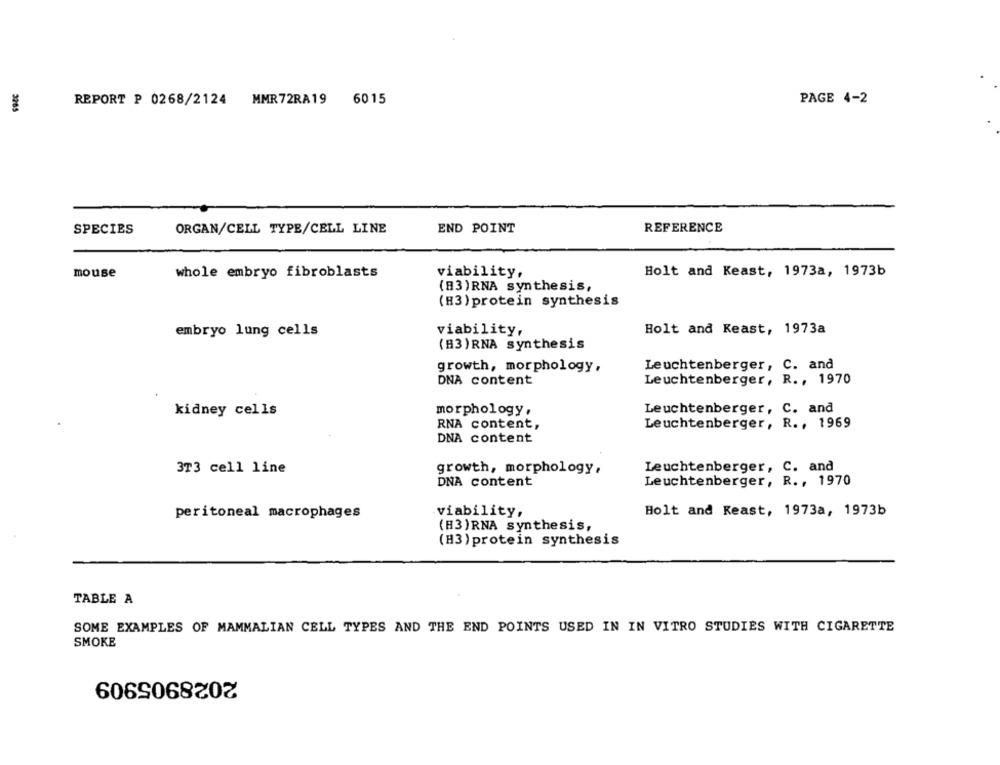
PAGE 4-2
3285
REPORT P 0268/2124 MMR72RA19 6015
SPECIES
ORGAN/CELL TYPE/CELL LINE
END POINT
REFERENCE
mouse
whole embryo fibroblasts
viability,
Holt and Keast, 1973a, 1973b
(83)RNA synthesis,
(83) protein synthesis
Holt and Keast, 1973a
embryo lung cells
viability,
(83)RNA synthesis
Leuchtenberger, C. and
growth, morphology,
DNA content
Leuchtenberger, R ., 1970
kidney cells
morphology,
Leuchtenberger, C. and
RNA content,
Leuchtenberger, R ., 1969
DNA content
3T3 cell line
growth, morphology,
Leuchtenberger, C. and
DNA content
Leuchtenberger, R ., 1970
viability,
Holt and Reast, 1973a, 1973b
peritoneal macrophages
(83)RNA synthesis,
(H3)protein synthesis
TABLE A
SOME EXAMPLES OF MAMMALIAN CELL TYPES AND THE END POINTS USED IN IN VITRO STUDIES WITH CIGARETTE
SMOKE
2028905909